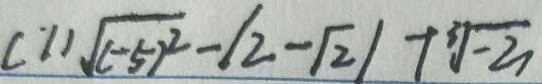
( 1 ) \sqrt { ( - 5 ) ^ { 2 } } - \vert 2 - \sqrt { 2 } \vert + \sqrt [ 3 ] { - 3 }